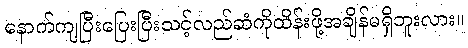
နောက်ကျပြီးပြေးပြီးသင့်လည်ဆံကိုထိန်းဖို့အချိန်မရှိဘူးလား။